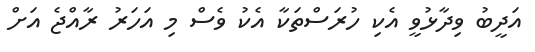
އަދީބު ވިދާޅުވީ އެކި ހުރަސްތަކާ އެކު ވެސް މި އަހަރު ރާއްޖެ އަށް